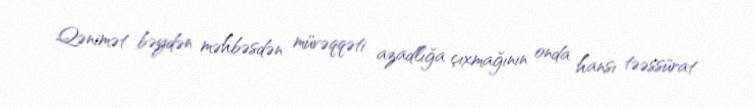
Qənimət bəydən məhbəsdən müvəqqəti azadlığa çıxmağının onda hansı təəssürat